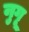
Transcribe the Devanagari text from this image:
नुगू